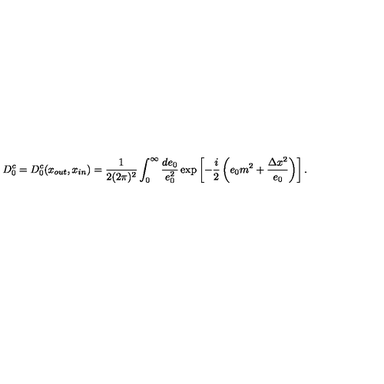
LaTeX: D _ { 0 } ^ { c } = D _ { 0 } ^ { c } ( x _ { o u t } , x _ { i n } ) = \frac { 1 } { 2 ( 2 \pi ) ^ { 2 } } \int _ { 0 } ^ { \infty } \frac { d e _ { 0 } } { e _ { 0 } ^ { 2 } } \exp \left[ - \frac { i } { 2 } \left( e _ { 0 } m ^ { 2 } + \frac { \Delta x ^ { 2 } } { e _ { 0 } } \right) \right] .